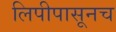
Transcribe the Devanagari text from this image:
लिपीपासूनच